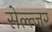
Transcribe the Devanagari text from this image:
सेल्त्जर